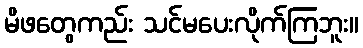
မိဖတွေကည်း သင်မပေးလိုက်ကြဘူး။